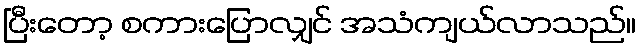
ပြီးတော့ စကားပြောလျှင် အသံကျယ်လာသည်။